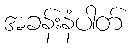
အခန်းနံပါတ်